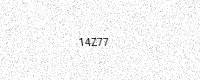
Text: 14Z77